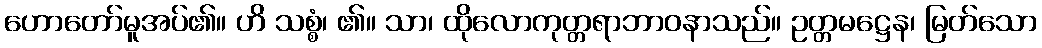
ဟောတော်မူအပ်၏။ ဟိ သစ္စံ၊ ၏။ သာ၊ ထိုလောကုတ္တရာဘာဝနာသည်။ ဥတ္တမဋ္ဌေန၊ မြတ်သော